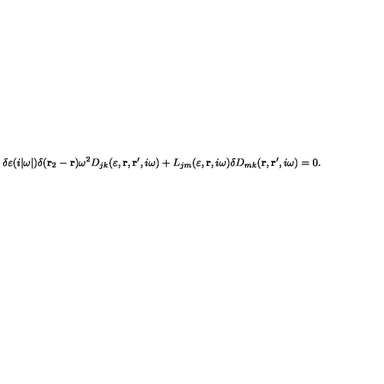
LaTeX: \delta \varepsilon ( i | \omega | ) \delta ( { \bf r } _ { 2 } - { \bf r } ) \omega ^ { 2 } D _ { j k } ( \varepsilon , { \bf r } , { \bf r } ^ { \prime } , i \omega ) + L _ { j m } ( \varepsilon , { \bf r } , i \omega ) \delta D _ { m k } ( { \bf r } , { \bf r } ^ { \prime } , i \omega ) = 0 .